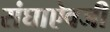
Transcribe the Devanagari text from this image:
संघाऐवजी